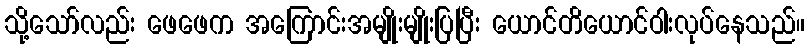
သို့သော်လည်း ဖေဖေက အကြောင်းအမျိုးမျိုးပြပြီး ယောင်တိယောင်ဝါးလုပ်နေသည်။